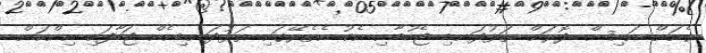
ގެއަށް އައިސް ދޮރަށް ތަޅުދަނޑި ޖެހުމާއި އެކު އެތެރޭގައި ތަޅުދަނޑިއެއް ޖަހާފައި އިންކަން